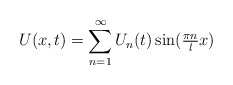
\begin{align*} U(x, t) = \sum_{n = 1}^{\infty} U_{n}(t) \sin(\tfrac{\pi n}{l} x) \end{align*}